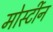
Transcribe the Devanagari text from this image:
मोर्स्टीन